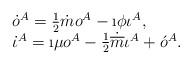
LaTeX: \begin{align*}\begin{array}{l}\dot{o}^A = \frac{1}{2}\dot{m} o^A - \i\phi\iota^A , \\\dot{\iota}^A = \i\mu o^A - \frac{1}{2}\dot{\overline{m}}\iota^A + \acute{o}^{A}.\end{array}\end{align*}